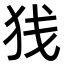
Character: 𫞣